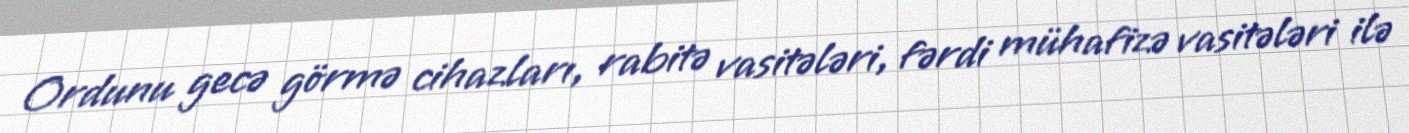
Ordunu gecə görmə cihazları, rabitə vasitələri, fərdi mühafizə vasitələri ilə